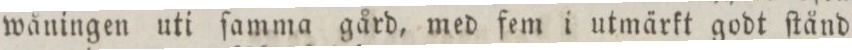
wåningen uti ſamma gård, med fem i utmärkt godt ſtånd